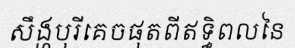
សឹង្ហបុរីគេចផុតពីឥទ្ធិពលនៃ